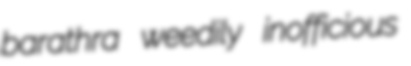
barathra weedily inofficious